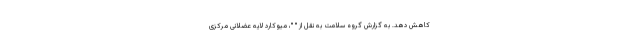
کاهش دهد. به گزارش گروه سلامت به نقل از " "، میوکارد لایه عضلانی مرکزی